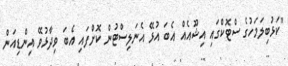
"ކަޅުބިލަމަހުގެ ސްޓޮކްގައި އިޝޫއެއް އެބަ އުޅޭ އެނަލިސްޓުން ކޮށްފައި އެބަ ވިދާޅުވޭ އިންޑިއަން